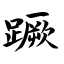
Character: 蹶